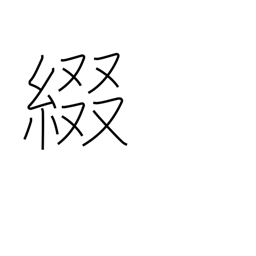
Meaning: spell